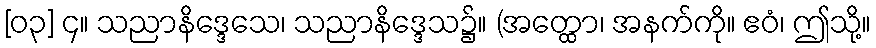
[၀၃] ၄။ သညာနိဒ္ဒေသေ၊ သညာနိဒ္ဒေသ၌။ (အတ္ထော၊ အနက်ကို။ ဧဝံ၊ ဤသို့။